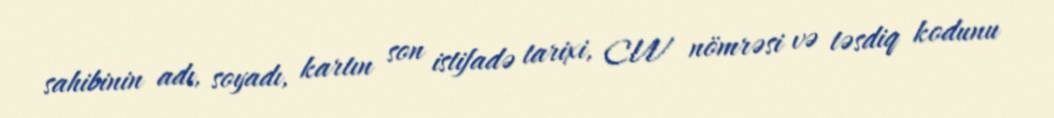
sahibinin adı, soyadı, kartın son istifadə tarixi, CVV nömrəsi və təsdiq kodunu